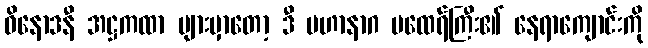
ဝိနောဒနီ အဋ္ဌကထာ များမှာတော့ ဒီ မဟာနာဂ မထေရ်ကြီး၏ နေရာကျောင်းကို